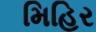
મિહિર